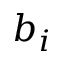
b _ { i }